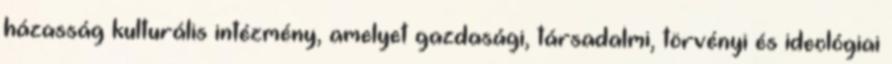
házasság kulturális intézmény, amelyet gazdasági, társadalmi, törvényi és ideológiai